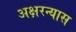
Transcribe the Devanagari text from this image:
अक्षरन्यास